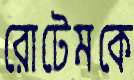
রোটেমকে